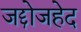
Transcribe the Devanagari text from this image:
जद्दोजहेद